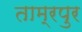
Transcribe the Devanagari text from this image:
ताम्रपुर